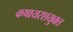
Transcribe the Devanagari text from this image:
कषायरशयुक्त